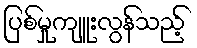
ပြစ်မှုကျူးလွန်သည့်